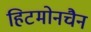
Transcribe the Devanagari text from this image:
हिटमोनचैन